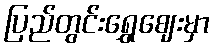
ပြည်တွင်းရွှေဈေးမှာ